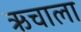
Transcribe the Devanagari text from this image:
ऋचाला